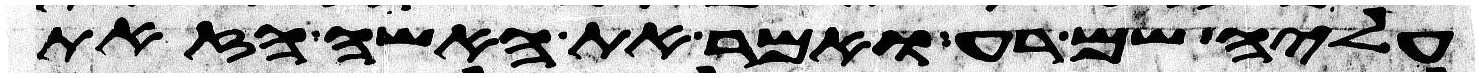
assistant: עליה שם רע ואמר את האשה הזאת